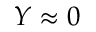
Y \approx 0